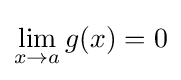
\lim _{x\to a}g(x)=0